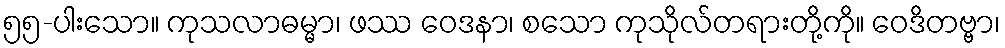
၅၅-ပါးသော။ ကုသလာဓမ္မာ၊ ဖဿ ဝေဒနာ၊ စသော ကုသိုလ်တရားတို့ကို။ ဝေဒိတဗ္ဗာ၊